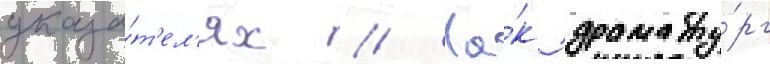
указа́т'ел'ях // Ка́к драмату́рг